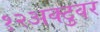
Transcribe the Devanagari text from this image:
१२अक्टुवर